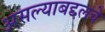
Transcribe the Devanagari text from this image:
असल्याबद्दलचे